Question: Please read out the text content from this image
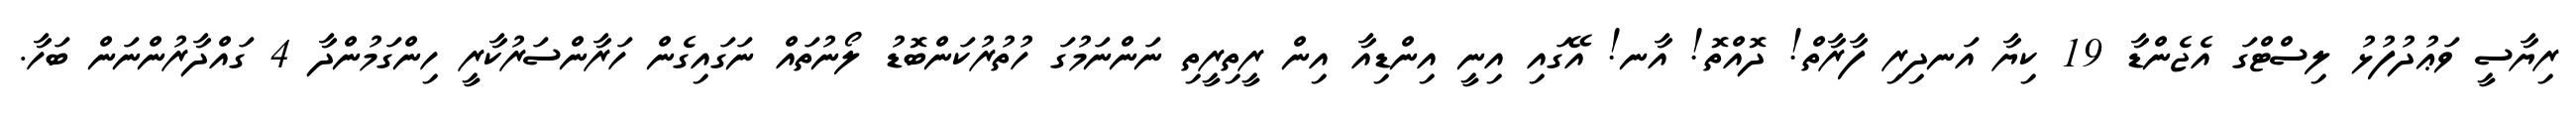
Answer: ރިޔާސީ ވަޢުދުފުޅު ލިސްޓްގަ އެޖެންޑާ 19 ކިޔާ އަނދިރި ފާރާތް! ދޮއްތޮ! އާނ! އޭގައި އިނީ އިންޑިއާ އިން ރީތިރީތި ނަންނަމުގަ ހުތުރުކަންބޮޑު ލޯނުތައް ނަގައިގެން ހަރާންސަރުކާރީ ހިންގަމުންދާ 4 ގައްދާރުންނަން ބަހާ.